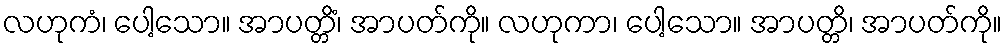
လဟုကံ၊ ပေါ့သော။ အာပတ္တိံ၊ အာပတ်ကို။ လဟုကာ၊ ပေါ့သော။ အာပတ္တိ၊ အာပတ်ကို။